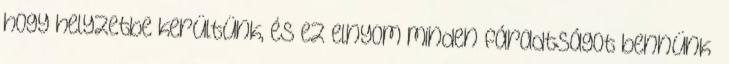
hogy helyzetbe kerültünk, és ez elnyom minden fáradtságot bennünk”